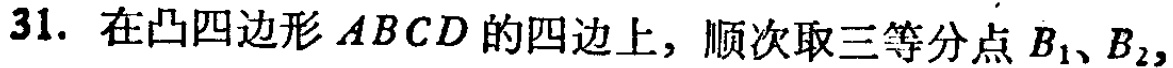
31. 在凸四边形 \(ABCD\) 的四边上，顺次取三等分点 \(B_1、B_2,\)